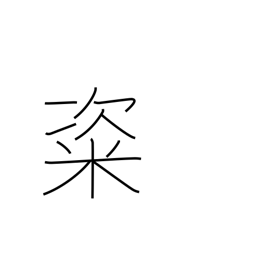
Meaning: rice cakes